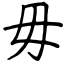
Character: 毋